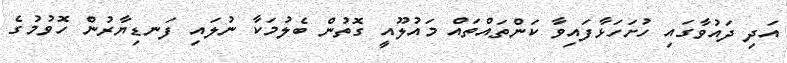
އަދި ދައުވާގައި ހުށަހަޅާފައިވާ ކަންތައްތައް މައުލޫއީ ގޮތުން ބެލުމަކާ ނުލައި ފަނޑިޔާރުން ހޮވުމުގެ